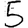
Digit: 5